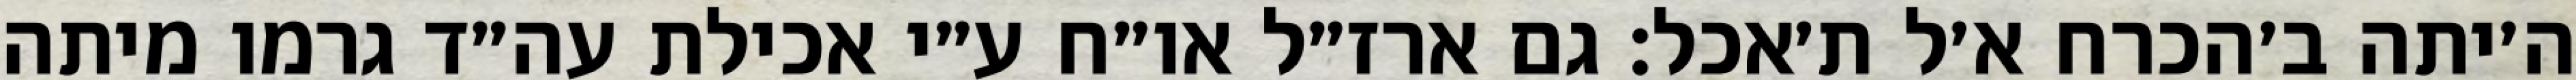
ה׳יתה ב׳הכרח א׳ל ת׳אכל: גם ארז״ל או״ח ע״י אכילת עה״ד גרמו מיתה